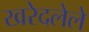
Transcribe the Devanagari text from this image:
खरेदलेले